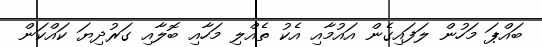
ބައްޕަ މަހުން ލަފައިގެން އައުމާއި އެކު ތެއްލި މަހާއި ބޮލާއި ގަރުދިޔަ ކައްކަން